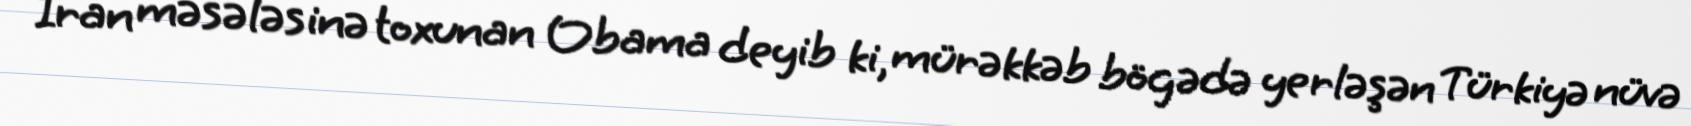
İran məsələsinə toxunan Obama deyib ki, mürəkkəb bögədə yerləşən Türkiyə nüvə